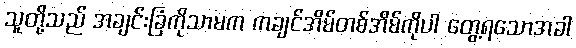
သူတို့သည် အချင်းခြံကိုသာမက ကချင်အိမ်တစ်အိမ်ကိုပါ တွေ့ရသောအခါ